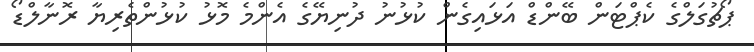
ޕޯޗުގަލްގެ ކެޕްޓަން ބޭންޑް އަޅައިގެން ކުޅުނު ދުނިޔޭގެ އެންމެ މޮޅު ކުޅުންތެރިޔާ ރޮނާލްޑޯ